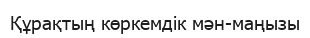
Құрақтың көркемдік мән-маңызы